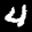
Label: 4